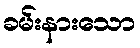
ခမ်းနားသော